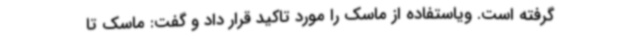
گرفته است. ویاستفاده از ماسک را مورد تاکید قرار داد و گفت: ماسک تا